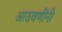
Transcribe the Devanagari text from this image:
आठवणींनी